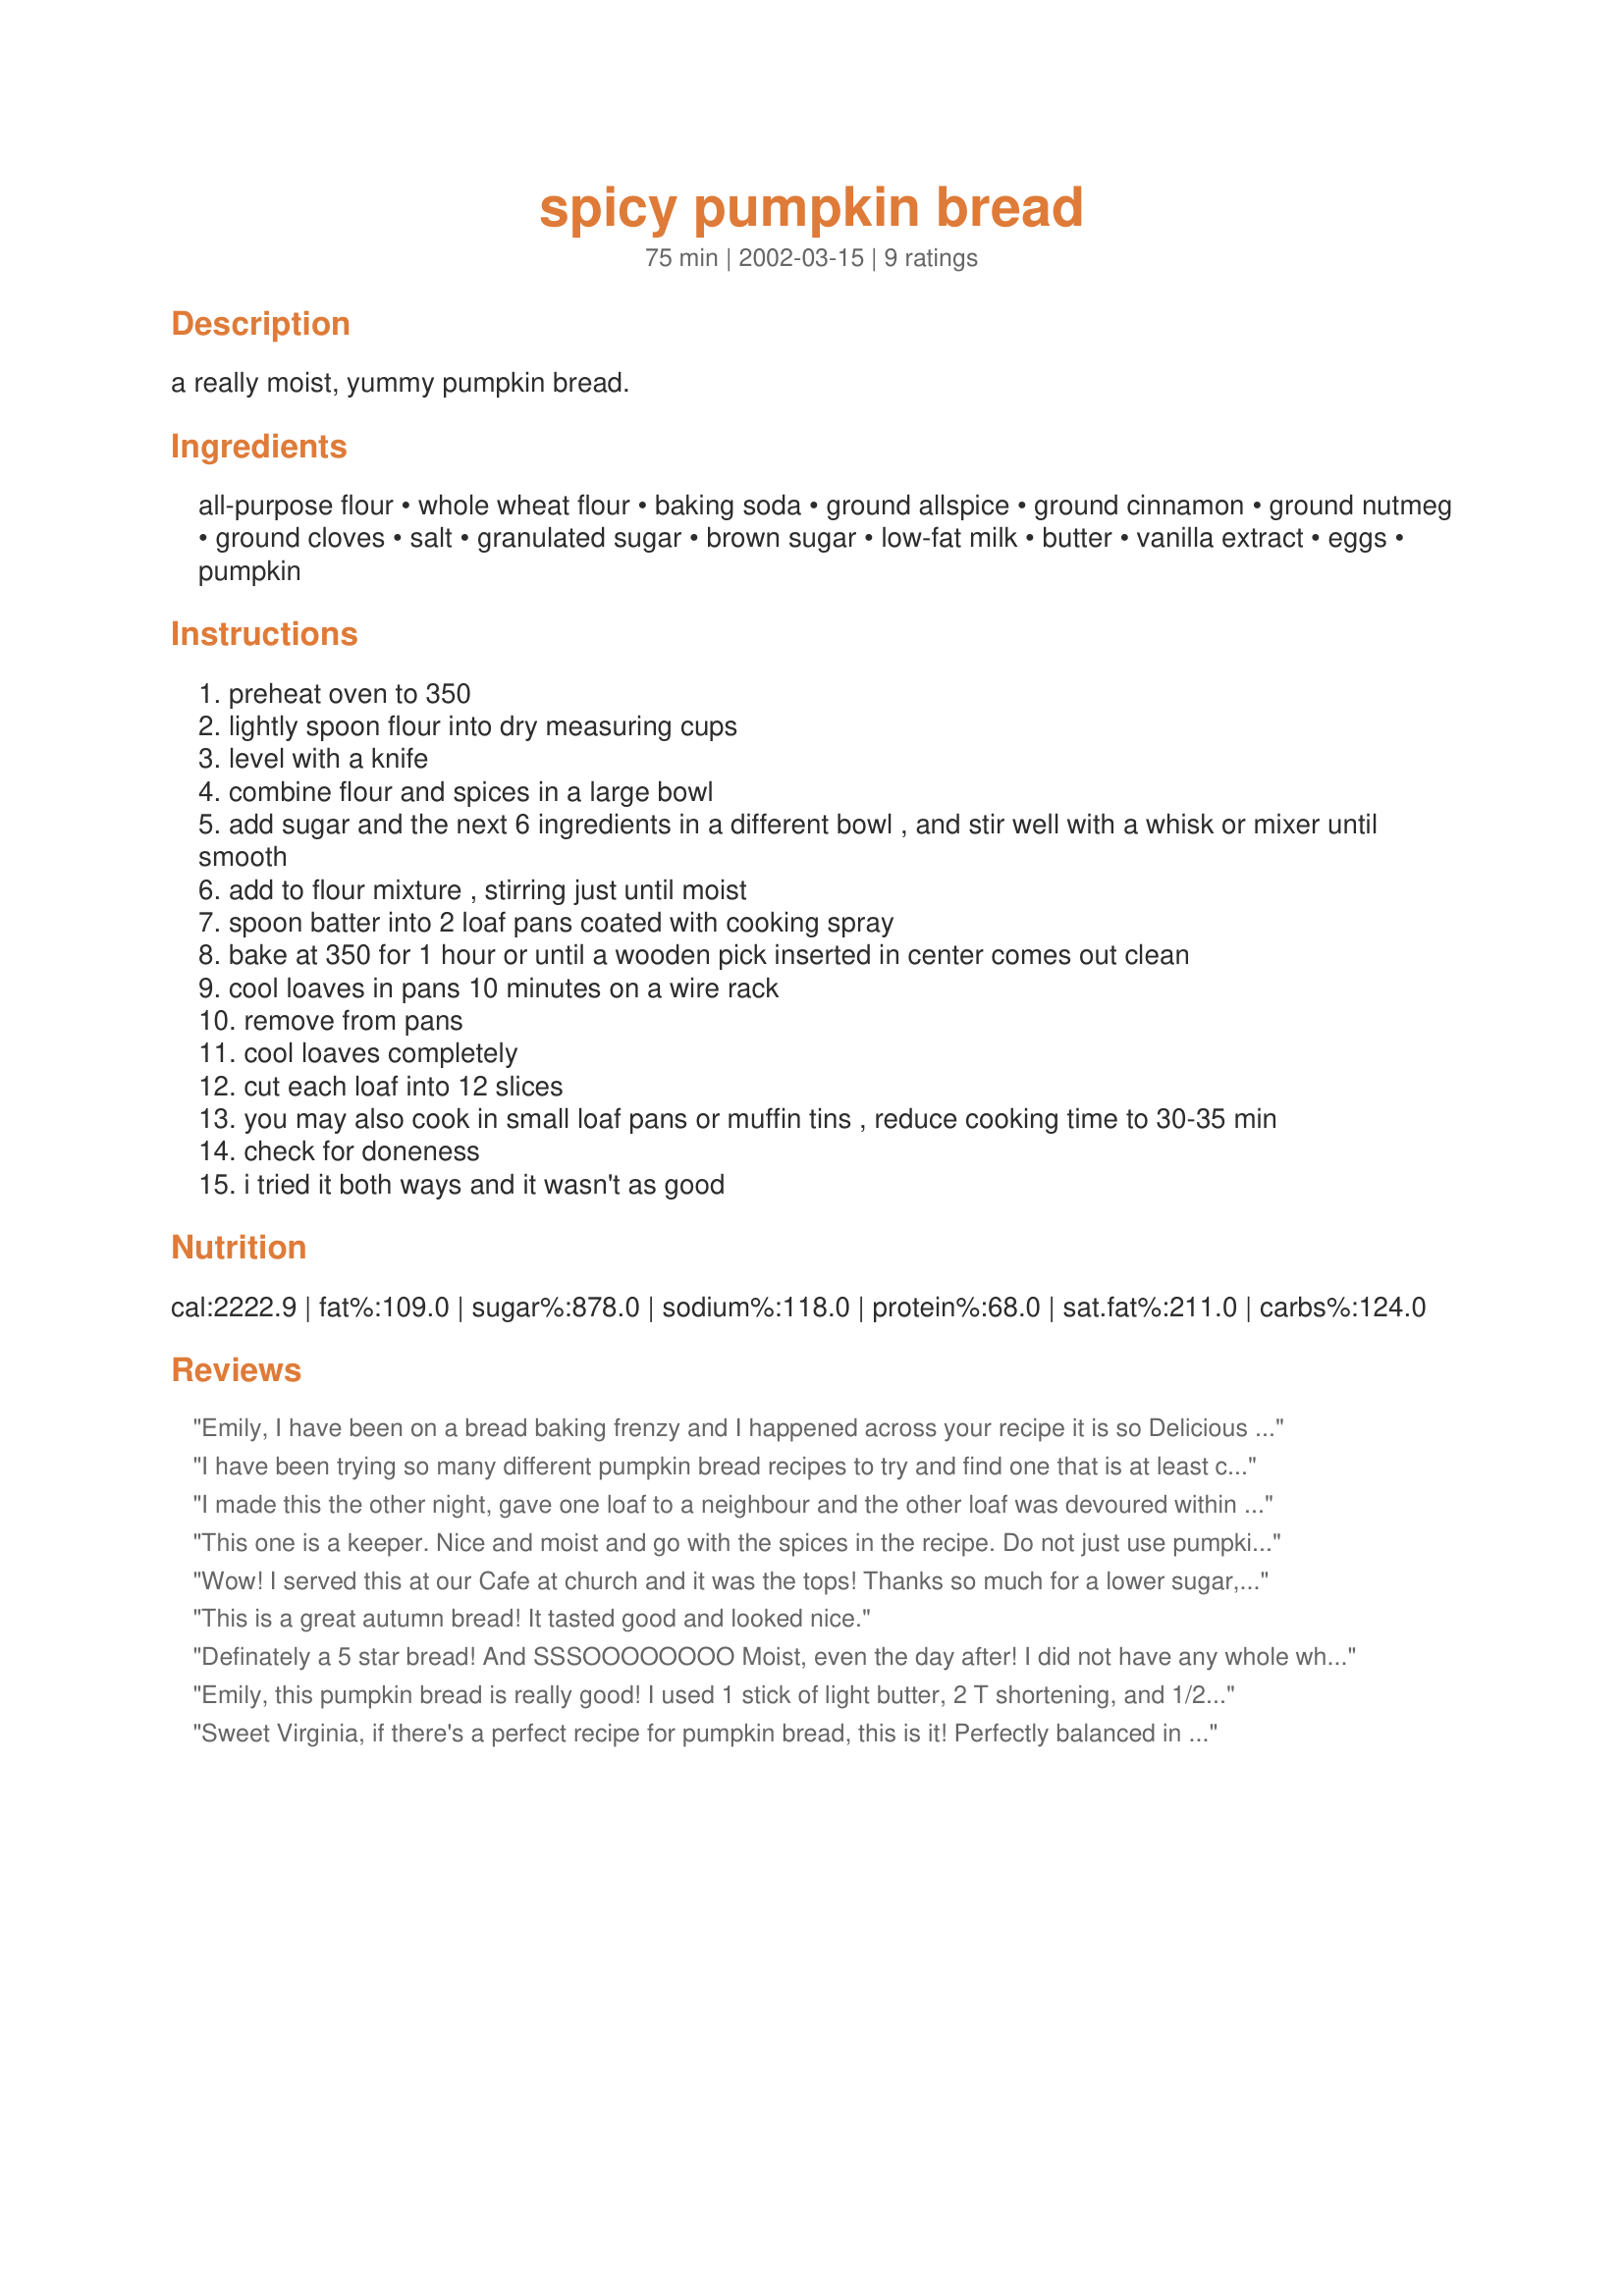
spicy pumpkin bread
Preparation time: 75 minutes

a really moist, yummy pumpkin bread.

Ingredients:
all-purpose flour, whole wheat flour, baking soda, ground allspice, ground cinnamon, ground nutmeg, ground cloves, salt, granulated sugar, brown sugar, low-fat milk, butter, vanilla extract, eggs, pumpkin

Steps:
preheat oven to 350
lightly spoon flour into dry measuring cups
level with a knife
combine flour and spices in a large bowl
add sugar and the next 6 ingredients in a different bowl , and stir well with a whisk or mixer until smooth
add to flour mixture , stirring just until moist
spoon batter into 2 loaf pans coated with cooking spray
bake at 350 for 1 hour or until a wooden pick inserted in center comes out clean
cool loaves in pans 10 minutes on a wire rack
remove from pans
cool loaves completely
cut each loaf into 12 slices
you may also cook in small loaf pans or muffin tins , reduce cooking time to 30-35 min
check for doneness
i tried it both ways and it wasn't as good

Reviews:
Emily, I have been on a bread baking frenzy and I happened across your recipe it is so Delicious and moist. I used Buttermilk instead of lowfat milk and I added 1/2 cup of sour cream. I topped it with a Struesal using brown sugar, cinnamon, and crushed pecan's. This recipe is to die for, thank you so much! I will use this recipe often and nextime I'll try Banana's or Zucinni.
I have been trying so many different pumpkin bread recipes to try and find one that is at least close to one my husband and I found at "The Omelet House" in Las Vegas. Their pumpkin bread is served like a piece of spice cake with butter on top. It is the most delicious I have EVER had! This one comes REALLY close! I also liked the fact that it only had 2/3 cup sugar as opposed to most of the others that called for 3 CUPS!!! EEEK! I didn't have any whole wheat flour so I used all all-purpose flour. I also used a can of sweet potato puree in place of the pumpkin. I used non-fat milk also. I baked it on convection bake for 35 minutes in a 9X9 silicone pan. It came out perfect!! I lightly glazed it with an orange glaze. Next time I will put chopped pecans and raisins in it. I didn't this time because my kids don't really like them, but now that I know how YUMMY it is! Who cares! In they go!! Thanks so much Emily for this incredible recipe!!
I made this the other night, gave one loaf to a neighbour and the other loaf was devoured within 30 minutes!!!!!! It didn't quite rise as much in the pan as I had hoped but it sure tasted yummy!
This one is a keeper. Nice and moist and go with the spices in the recipe. Do not just use pumpkin spice. These spices together really give it a nice flavor for Thanksgiving. My old oven baked them perfect at 1 hour.
Wow! I served this at our Cafe at church and it was the tops! Thanks so much for a lower sugar, but really tasty recipe! Actually, I doubled the recipe and it made a bundt pan and 2 large loaves. They took 1 hour in the oven.
This is a great autumn bread! It tasted good and looked nice.
Definately a 5 star bread! And SSSOOOOOOOO Moist, even the day after! I did not have any whole wheat flour, so I just used all purpose, I also did not have any cloves, but I did have everything else, and the end result was still fantastic!
Emily, this pumpkin bread is really good! I used 1 stick of light butter, 2 T shortening, and 1/2 c applesauce for the butter. For the flour I replaced 1/2 c of the all-purpose with soy, and I used whole wheat pastry flour. Lovely spices-- this bread has quite a kick! Not sure whether my picky 8-year-old will take to it or not...I hope not. :)
Sweet Virginia, if there's a perfect recipe for pumpkin bread, this is it! Perfectly balanced in spice, sweet, but not overly so, and moist and tender. It stays good for over a week unrefrigerated, makes a good amount of bread, and cuts well to boot. I gave this away to about five people and they all requested the recipe! This is one I'll be making for years to come. Thank you so much.
